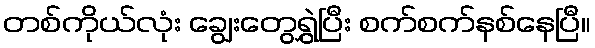
တစ်ကိုယ်လုံး ချွေးတွေရွှဲပြီး စက်စက်နစ်နေပြီ။